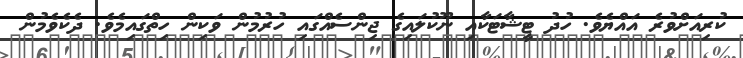
ކުރިއަށްވުރެ އައްޔެވެ. ހުދު ޓީޝާޓަކާއި ނޫކުލައިގެ ޖިންސެއްގައި ހުރުމުން ވަކިން ހިތްގައިމެވެ. ދެކެވެމުން